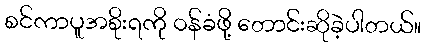
စင်ကာပူအစိုးရကို ဝန်ခံဖို့ တောင်းဆိုခဲ့ပါတယ်။